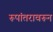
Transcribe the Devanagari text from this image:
रूपांतरावरून